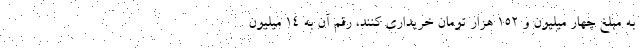
به مبلغ چهار میلیون و ۱۵۲ هزار تومان خریداری کنند، رقم آن به ۱۴ میلیون